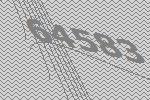
64583